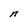
Character: n